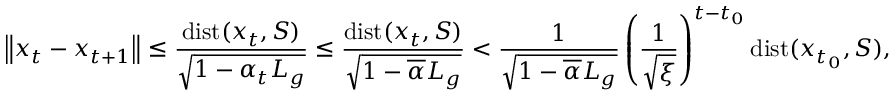
\left\Vert x _ { t } - x _ { t + 1 } \right\Vert \leq \frac { \operatorname { d i s t } ( x _ { t } , S ) } { \sqrt { 1 - \alpha _ { t } L _ { g } } } \leq \frac { \operatorname { d i s t } ( x _ { t } , S ) } { \sqrt { 1 - \overline { { \alpha } } L _ { g } } } < \frac { 1 } { \sqrt { 1 - \overline { { \alpha } } L _ { g } } } \left( \frac { 1 } { \sqrt { \xi } } \right) ^ { t - t _ { 0 } } \operatorname { d i s t } ( x _ { t _ { 0 } } , S ) ,